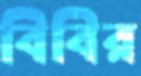
বিবির